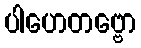
ပါဟေတဗ္ဗော